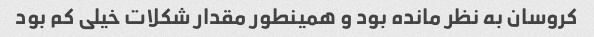
کروسان به نظر مانده بود و همینطور مقدار شکلات خیلی کم بود